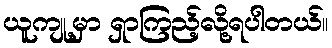
ယူကျု့မှာ ရှာကြည့်လို့ရပါတယ်။